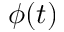
\phi ( t )